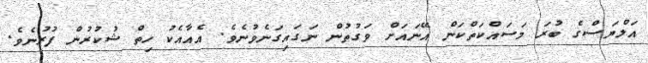
އަލްޔަސްގެ ބުރަ މަސައްކަތްކަން އޭނައަށް ވަގުތުން ނަގައިގަނެވުނެވެ. އެއާއެކު ހިތް ޝުކުރުން ފުރުނެވެ.